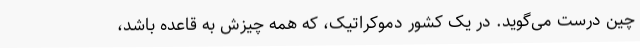
چین درست می‌گوید. در یک کشور دموکراتیک، که همه چیزش به قاعده باشد،